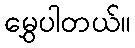
မွှေပါတယ်။